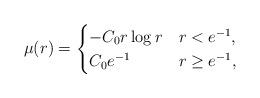
LaTeX: \begin{align*}\mu(r) =\begin{cases}- C_0r \log r & r < e^{-1}, \\C_0 e^{-1} & r \ge e^{-1},\end{cases}\end{align*}